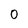
Character: 0